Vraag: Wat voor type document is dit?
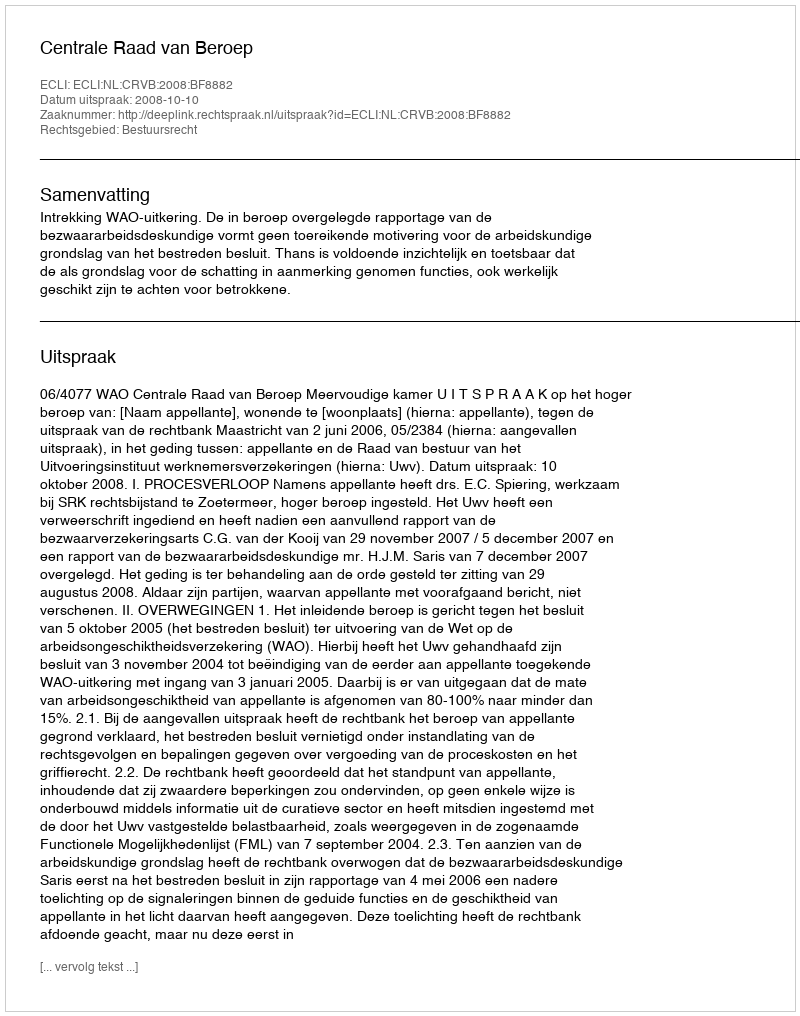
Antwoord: Uitspraak